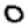
Digit: 0